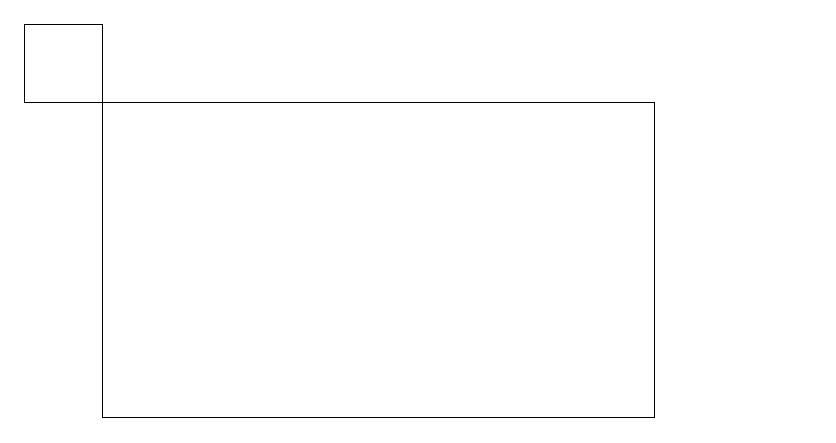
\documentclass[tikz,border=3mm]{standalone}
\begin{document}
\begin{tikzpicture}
\draw (1,15) rectangle (0,14);
\draw (10,10) circle (0);
\draw (8,14) rectangle (1,10);
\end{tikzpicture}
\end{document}